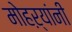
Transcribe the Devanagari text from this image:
मोहऱ्यांनी